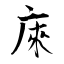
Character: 庲